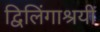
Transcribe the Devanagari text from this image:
द्विलिंगाश्रयी